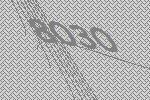
8030